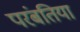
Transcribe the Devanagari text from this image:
परंबतिया